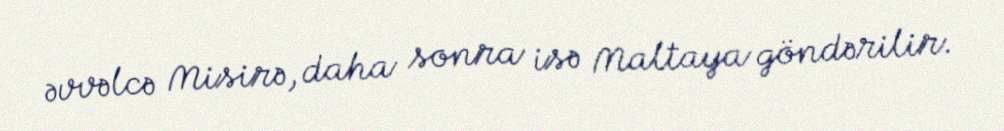
əvvəlcə Misirə, daha sonra isə Maltaya göndərilir.